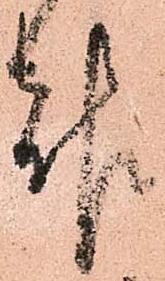
報